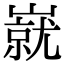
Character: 㠇